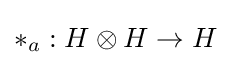
*_{a}:H\otimes H\to H